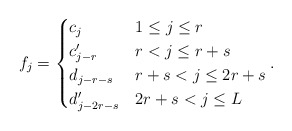
\begin{align*}f_j=\begin{cases}c_j & 1\le j\le r\\ c'_{j-r} & r<j\le r+s\\d_{j-r-s} & r+s<j\le 2r+s\\ d'_{j-2r-s} & 2r+s<j\le L \end{cases}.\end{align*}